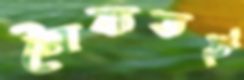
সৈকতই